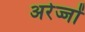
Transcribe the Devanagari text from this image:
अरेज्जों